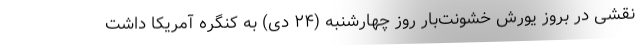
نقشی در بروز یورش خشونت‌بار روز چهارشنبه (۲۴ دی) به کنگره آمریکا داشت